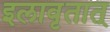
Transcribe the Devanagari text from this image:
इलावृतात्